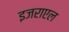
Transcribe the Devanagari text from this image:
इजराएल